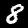
Label: 8